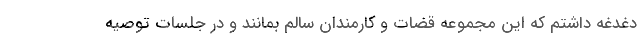
دغدغه داشتم که این مجموعه قضات و کارمندان سالم بمانند و در جلسات توصیه